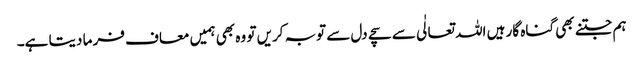
ہم جتنے بھی گناہ گار ہیں اللہ تعالٰی سے سچے دل سے توبہ کریں تو وہ بھی ہمیں معاف فر ما دیتا ہے۔